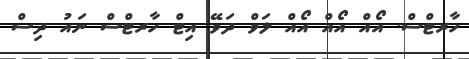
ހާރޓްސް. އޯއް އޯއް އޯއް ލަވް ދަވޭ އިޓް ހާރޓްސް ނައު ދިސް